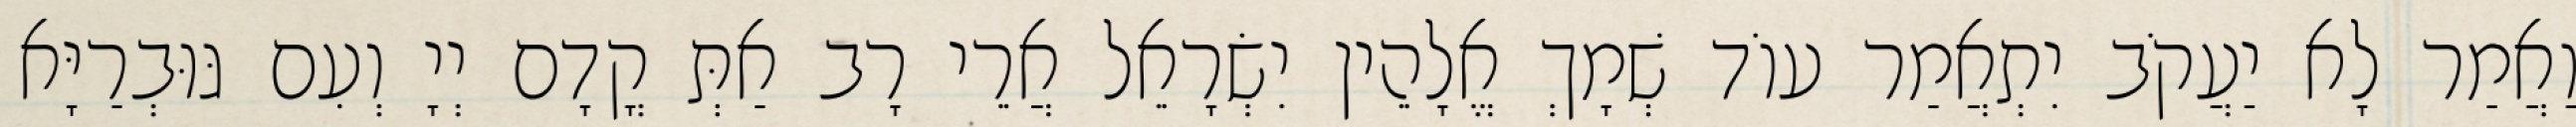
וַאֲמַר לָא יַעֲקֹב יִתְאֲמַר עוֹד שְׁמָךְ אֱלָהֵין יִשְׂרָאֵל אֲרֵי רָב אַתְּ קֳדָם יְיָ וְעִם גּוּבְרַיָּא